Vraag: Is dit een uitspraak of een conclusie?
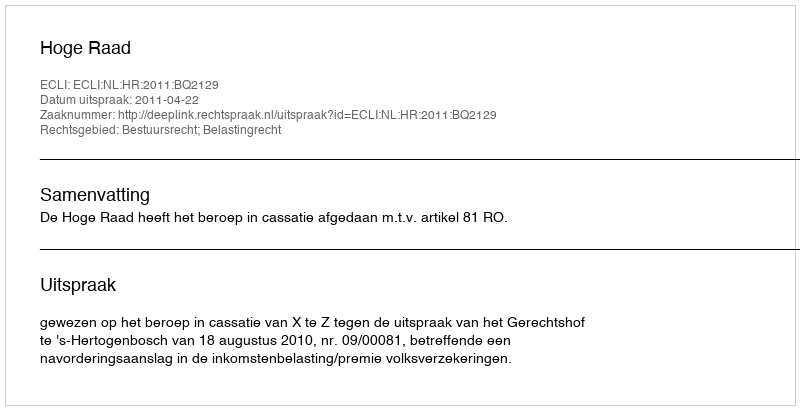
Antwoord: Uitspraak